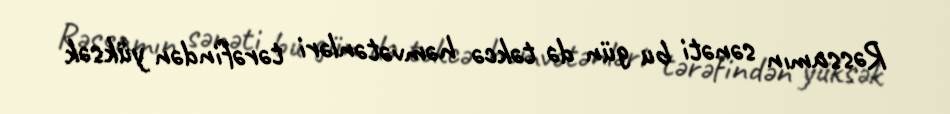
Rəssamın sənəti bu gün də təkcə həmvətənləri tərəfindən yüksək